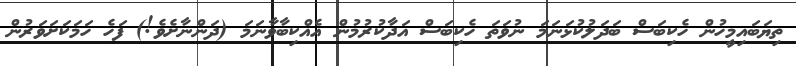
ތިޔަބައިމީހުން ހެކިބަސް ބަދަލުކުޅަނަމަ ނުވަތަ ހެކިބަސް އަދާކުރުމުން އެއްކިބާވާނަމަ (ދަންނާށެވެ!) ފަހެ ހަމަކަށަވަރުން